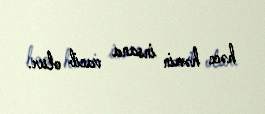
həcc həmin insana vacib olur.